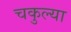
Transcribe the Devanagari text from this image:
चकुल्या